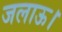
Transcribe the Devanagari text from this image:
जलाऊ।